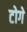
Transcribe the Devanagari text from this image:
टोगे